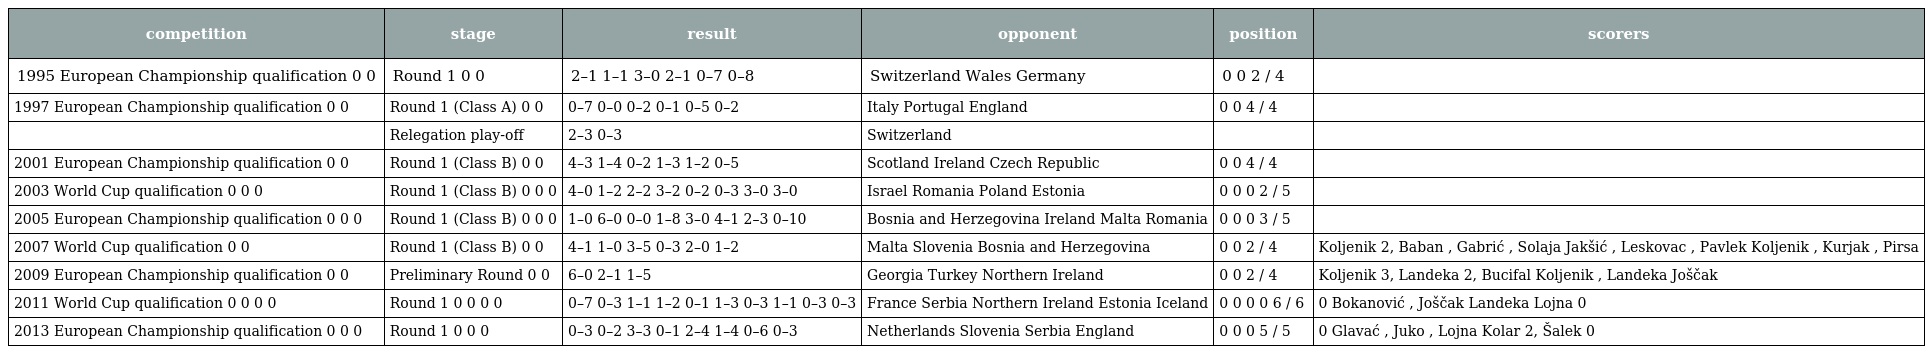
| competition | stage | result | opponent | position | scorers |
 | --- | --- | --- | --- | --- | --- |
 | 1995 European Championship qualification 0 0 | Round 1 0 0 | 2–1 1–1 3–0 2–1 0–7 0–8 | Switzerland Wales Germany | 0 0 2 / 4 |  |
 | 1997 European Championship qualification 0 0 | Round 1 (Class A) 0 0 | 0–7 0–0 0–2 0–1 0–5 0–2 | Italy Portugal England | 0 0 4 / 4 |  |
 |  | Relegation play-off | 2–3 0–3 | Switzerland |  |  |
 | 2001 European Championship qualification 0 0 | Round 1 (Class B) 0 0 | 4–3 1–4 0–2 1–3 1–2 0–5 | Scotland Ireland Czech Republic | 0 0 4 / 4 |  |
 | 2003 World Cup qualification 0 0 0 | Round 1 (Class B) 0 0 0 | 4–0 1–2 2–2 3–2 0–2 0–3 3–0 3–0 | Israel Romania Poland Estonia | 0 0 0 2 / 5 |  |
 | 2005 European Championship qualification 0 0 0 | Round 1 (Class B) 0 0 0 | 1–0 6–0 0–0 1–8 3–0 4–1 2–3 0–10 | Bosnia and Herzegovina Ireland Malta Romania | 0 0 0 3 / 5 |  |
 | 2007 World Cup qualification 0 0 | Round 1 (Class B) 0 0 | 4–1 1–0 3–5 0–3 2–0 1–2 | Malta Slovenia Bosnia and Herzegovina | 0 0 2 / 4 | Koljenik 2, Baban , Gabrić , Solaja Jakšić , Leskovac , Pavlek Koljenik , Kurjak , Pirsa |
 | 2009 European Championship qualification 0 0 | Preliminary Round 0 0 | 6–0 2–1 1–5 | Georgia Turkey Northern Ireland | 0 0 2 / 4 | Koljenik 3, Landeka 2, Bucifal Koljenik , Landeka Joščak |
 | 2011 World Cup qualification 0 0 0 0 | Round 1 0 0 0 0 | 0–7 0–3 1–1 1–2 0–1 1–3 0–3 1–1 0–3 0–3 | France Serbia Northern Ireland Estonia Iceland | 0 0 0 0 6 / 6 | 0 Bokanović , Joščak Landeka Lojna 0 |
 | 2013 European Championship qualification 0 0 0 | Round 1 0 0 0 | 0–3 0–2 3–3 0–1 2–4 1–4 0–6 0–3 | Netherlands Slovenia Serbia England | 0 0 0 5 / 5 | 0 Glavać , Juko , Lojna Kolar 2, Šalek 0 |